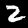
Digit: 2